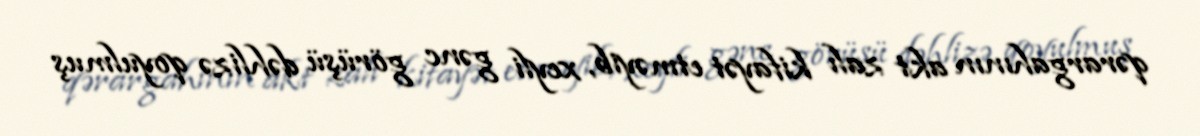
qərargahının akt zalı kifayət etməyib, xeyli gənc görüşü dəhlizə qoyulmuş